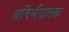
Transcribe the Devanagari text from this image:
अनिर्णयातक